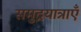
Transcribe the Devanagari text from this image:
समुद्रयात्राएँ